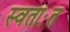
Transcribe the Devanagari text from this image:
स्वताःत